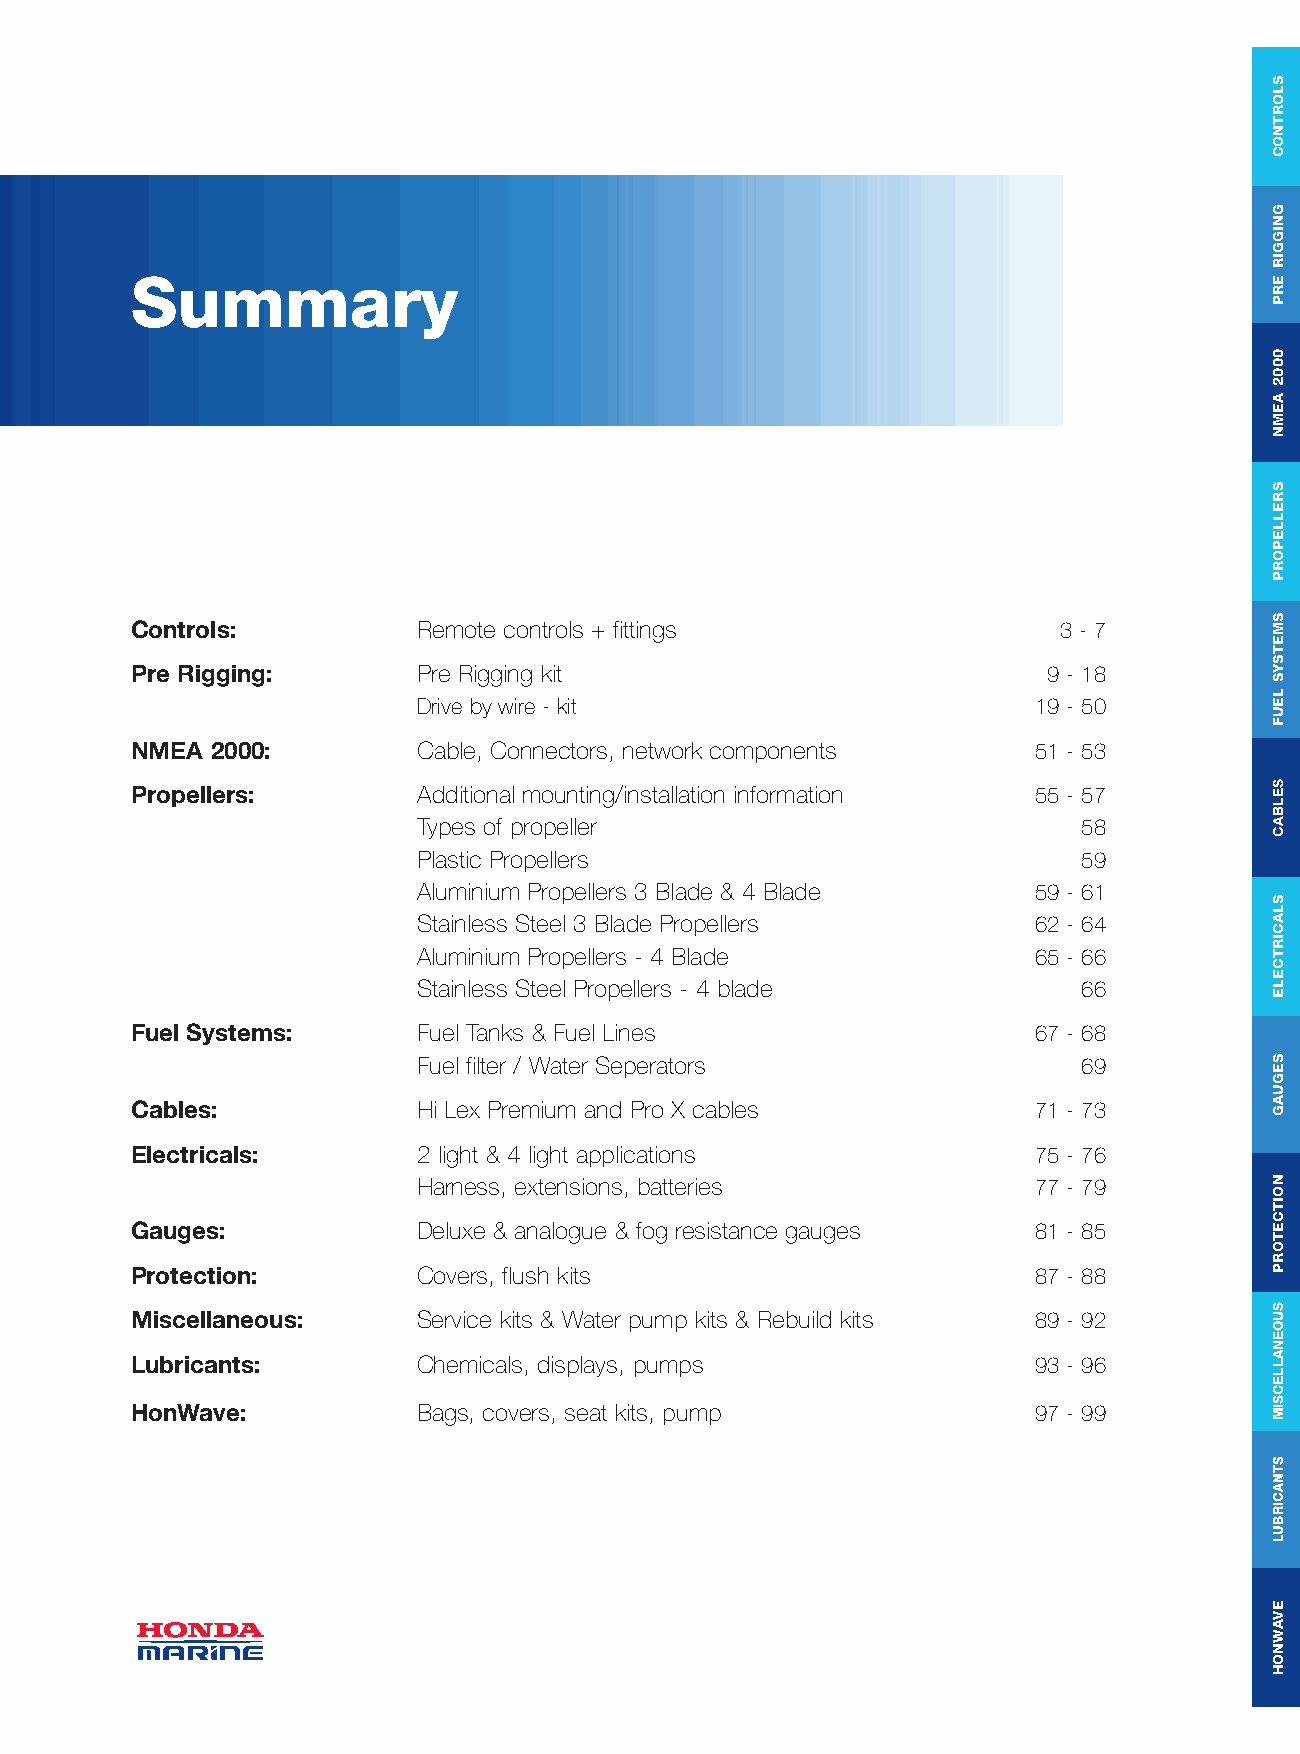
Summary
 Controls:          Remote controls + fittings                3 - 7
 Pre Rigging:       Pre Rigging kit                          9 - 18
 Drive by wire - kit                     19 - 50
 NMEA 2000:         Cable, Connectors, network components   51 - 53
 Propellers:        Additional mounting/installation information 55 - 57
 Types of propeller                          58
 Plastic Propellers                          59
 Aluminium Propellers 3 Blade & 4 Blade  59 - 61
 Stainless Steel 3 Blade Propellers      62 - 64
 Aluminium Propellers - 4 Blade          65 - 66
 Stainless Steel Propellers - 4 blade        66
 Fuel Systems:      Fuel Tanks & Fuel Lines                 67 - 68
 Fuel filter / Water Seperators              69
 Cables:            Hi Lex Premium and Pro X cables         71 - 73
 Electricals:       2 light & 4 light applications          75 - 76
 Harness, extensions, batteries          77 - 79
 Gauges:            Deluxe & analogue & fog resistance gauges 81 - 85
 Protection:        Covers, flush kits                      87 - 88
 Miscellaneous:     Service kits & Water pump kits & Rebuild kits 89 - 92
 Lubricants:        Chemicals, displays, pumps              93 - 96
 HonWave:           Bags, covers, seat kits, pump           97 - 99
 SLORTNOC
 GNIGGIR
 ERP
 0002
 AEMN
 SRELLEPORP
 SMETSYS
 LEUF
 SELBAC
 SLACIRTCELE
 SEGUAG
 NOITCETORP
 SUOENALLECSIM
 STNACIRBUL
 EVAWNOH